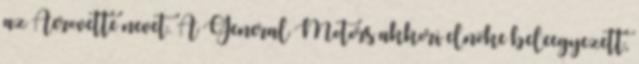
az Aerovette nevet. A General Motors akkori elnöke beleegyezett,